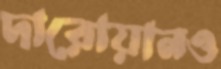
দারোয়ানও